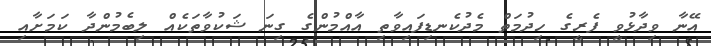
އޭނާ ވިދާޅުވީ ފެރީގެ ހިދުމަތް މެދުކެނޑިފައިވާތި އާއްމުންގެ ގިނަ ޝަކުވާތަކެއް ލިބެމުންދާ ކަމަށާއި